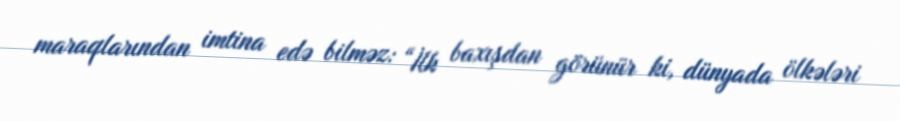
maraqlarından imtina edə bilməz: “İlk baxışdan görünür ki, dünyada ölkələri